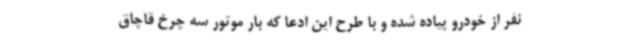
نفر از خودرو پیاده شده و با طرح این ادعا که بار موتور سه چرخ قاچاق